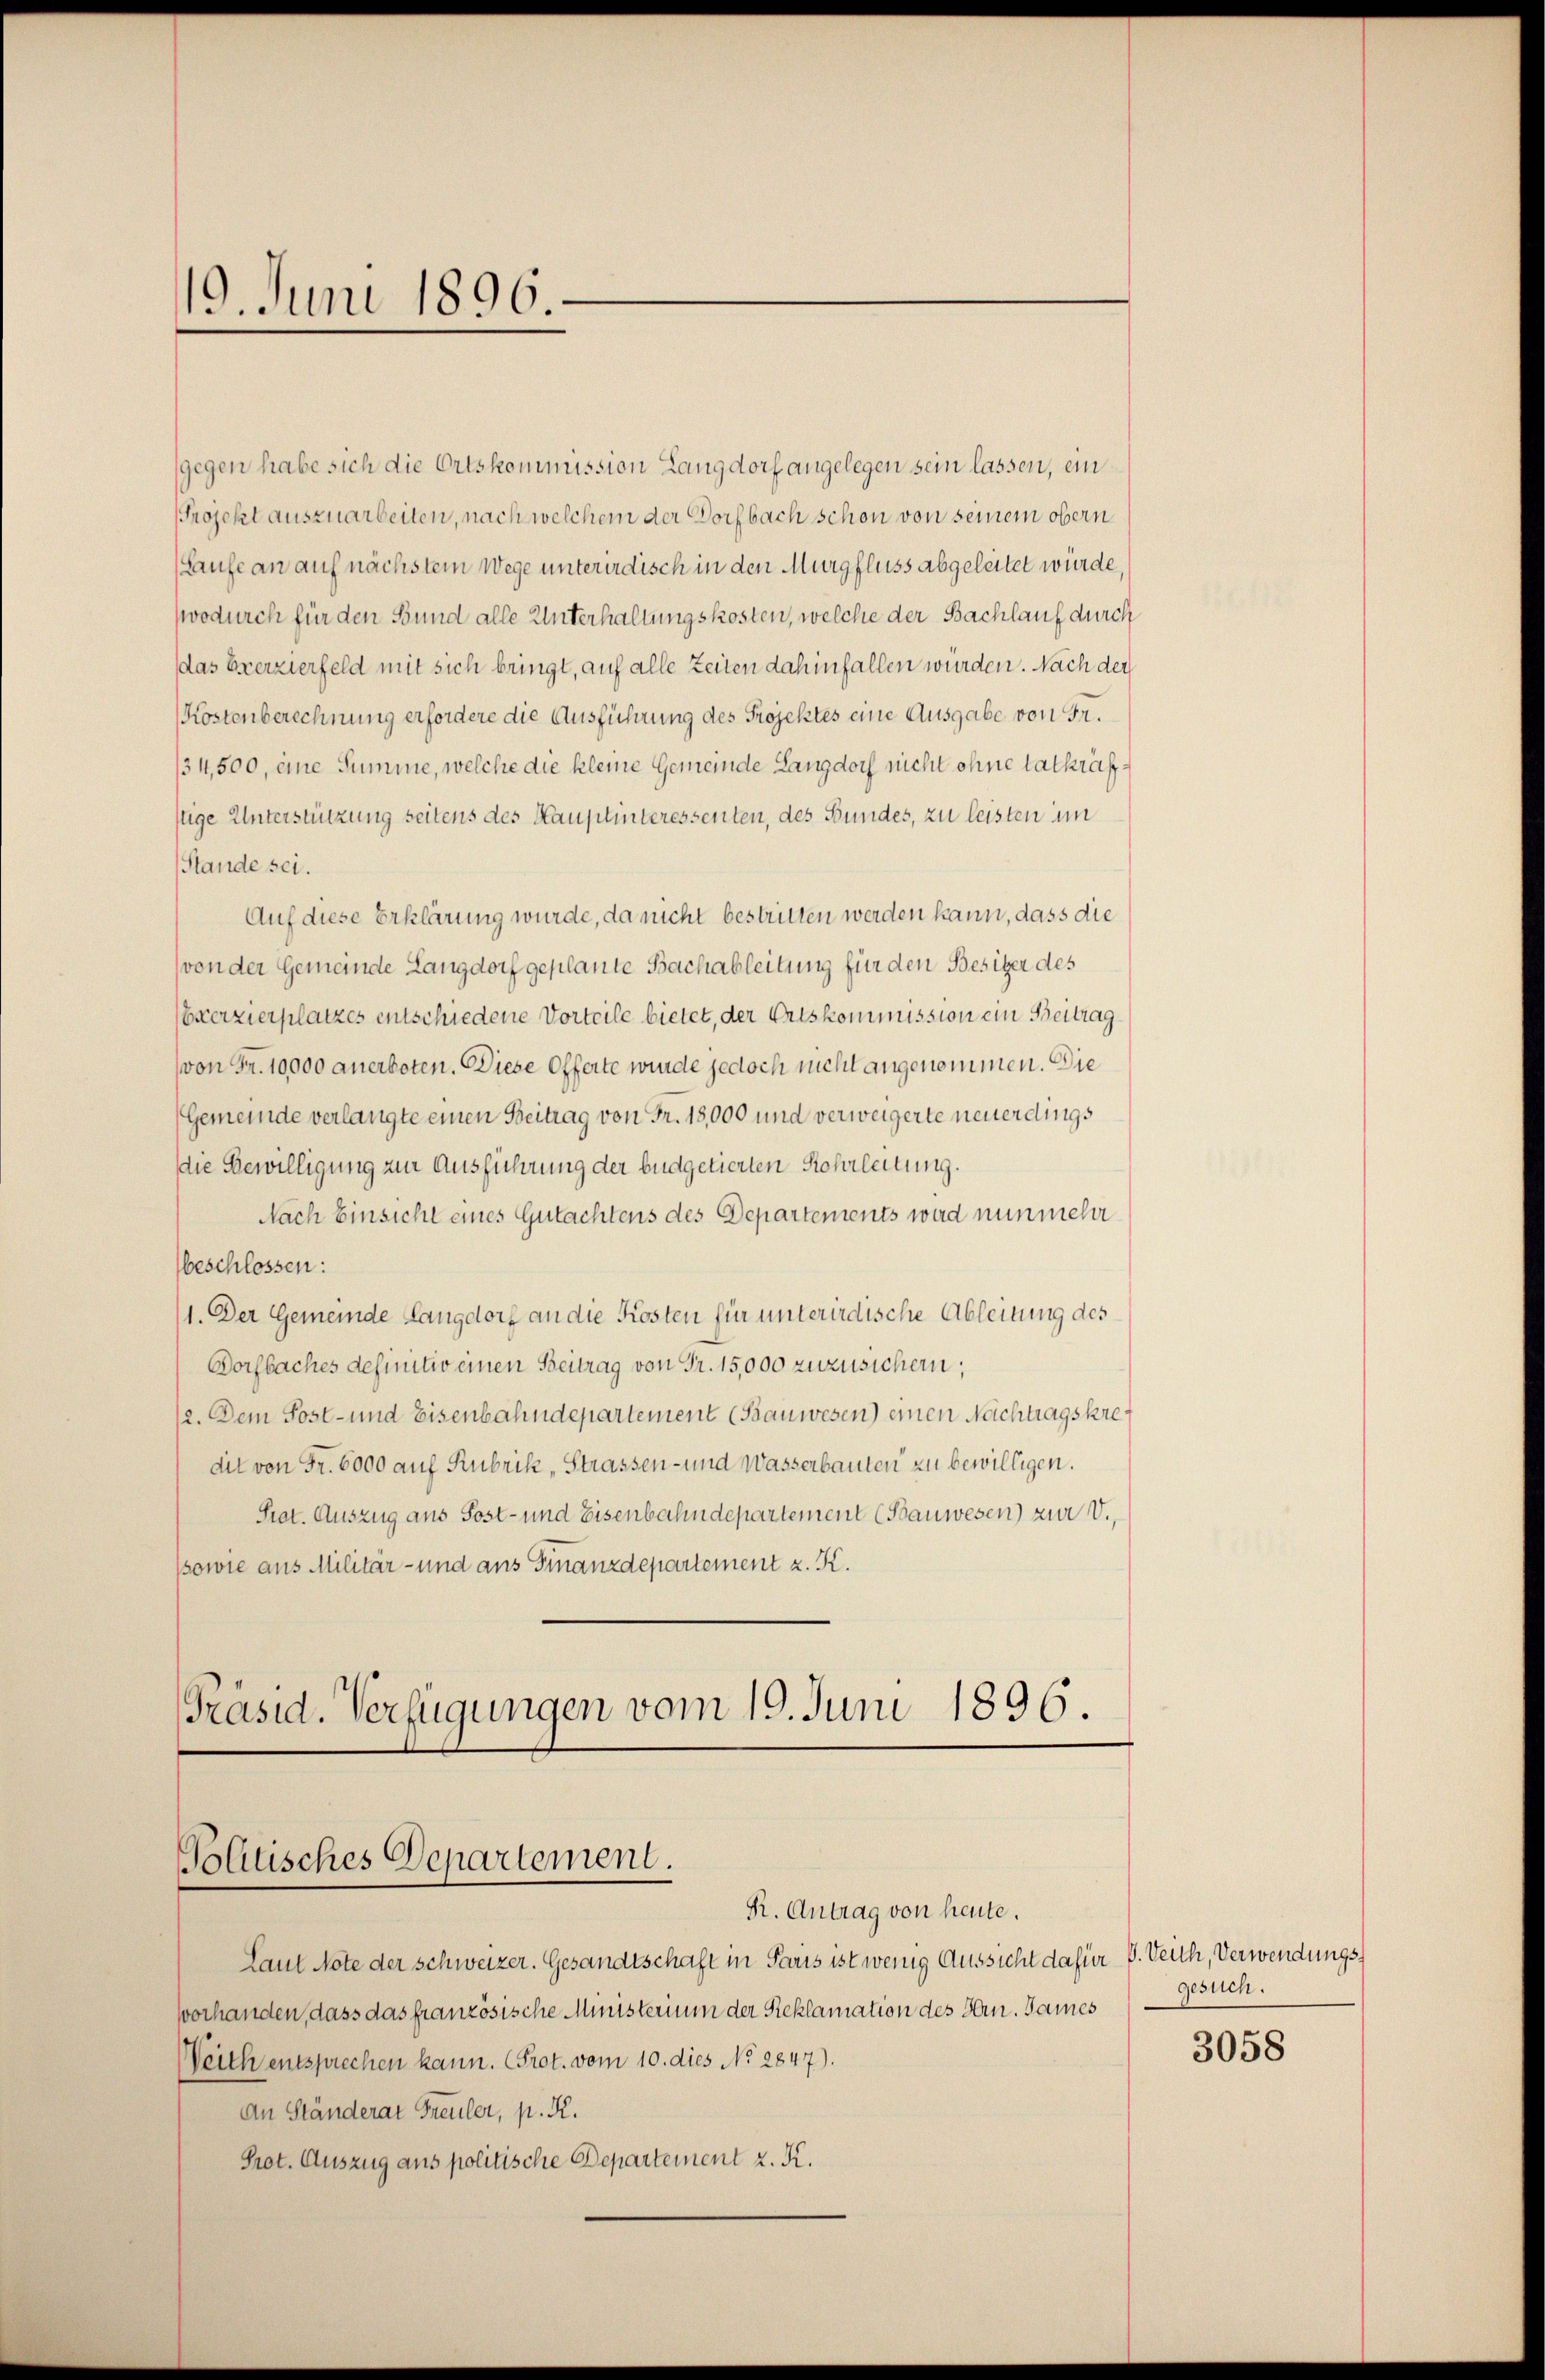
19. Juni 1896

(gegen habe sich die Ortskommission Langdorf angelegen sein lassen, ein
Projekt auszuarbeiten, nach welchem der Dorfbach schon von seinem obern
(Laufe an auf nächstem Wege unterirdisch in den Murgfluss abgeleitet würde,
wodurch für den Bund alle Unterhaltungskosten, welche der Bachlauf durch
das Exerzierfeld mit sich bringt, auf alle Zeiten dahinfallen würden. Nach der
Kostenberechnung erfordere die Ausführung des Projektes eine Ausgabe von Fr.
/34,500, eine Summe, welche die kleine Gemeinde Langdorf nicht ohne tatkräfstige Unterstützung seitens des Hauptinteressenten, des Bundes, zu leisten im
Stande sei.
Auf diese Erklärung wurde, da nicht bestritten werden kann, dass die
von der Gemeinde Langdorf geplante Bachableitung für den Besitzer des
Exerzierplatzes entschiedene Vorteile bietet, der Ertskommission ein Beitrag
von Fr. 10,000 anerboten. Diese Offerte wurde jedoch nicht angenommen. Die
(Gemeinde verlangte einen Beitrag von Fr. 18,000 und verweigerte neuerdings
die Bewilligung zur Ausführung der büdgetierten Kohrleitung.
Nach Einsicht eines Gutachtens des Departements ward nunmehr
beschlossen:
(1. Der Gemeinde Langdorf an die Kosten für unterirdische Ableitung des
Dorfbaches definitiv einen Beitrag von Fr. 15,000 zuzusichern;
(2. Dem Post- und Eisenbahndepartement (Bauwesen) einen Nachtragskredit von Fr. 6000 auf Rubrik „Strassen- und Wasserbauten zu bewilligen.
Prat. Auszug aus Post- und Eisenbahndepartement (Bauwesen) zur V.,
sowie aus Militär- und aus Finanzdepartement z. K.

Präsid. Verfügungen vom 19. Juni 1896.
Politisches Departement.
R. Antrag von heute.

Laut Note der Schweizer. Gesandtschaft in Paris ist wenig Aussicht dafür V. Deuch, Verwendungsvorhanden, dass das französische Ministerium der Reklamation des Hrn. James
Weith entsprechen kann. Prot. vom 10. dies No. 2847).
An Ständerat Freuler, p. K.
Prot. Auszug aus politische Departement z. K.

gesuch.

3058